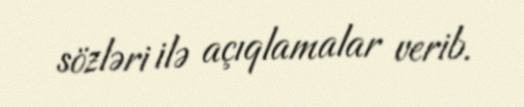
sözləri ilə açıqlamalar verib.